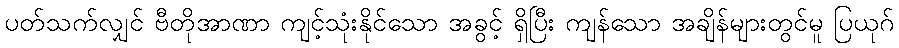
ပတ်သက်လျှင် ဗီတိုအာဏာ ကျင့်သုံးနိုင်သော အခွင့် ရှိပြီး ကျန်သော အချိန်များတွင်မူ ပြယုဂ်